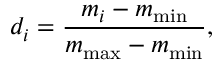
d _ { i } = \frac { m _ { i } - m _ { \operatorname* { m i n } } } { m _ { \operatorname* { m a x } } - m _ { \operatorname* { m i n } } } ,